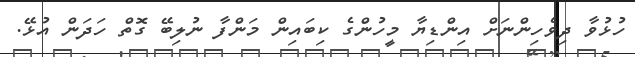
ހުޅުވާ ދިވެހިންނަށް އިންޑިޔާ މީހުންގެ ކިބައިން މަންފާ ނުލިބޭ ގޮތް ހަދަން އުޅޭ.